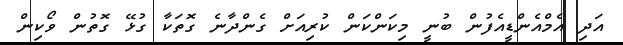
އަދި އެމްއެންޑީއެފުން ބުނީ މިކަންކަން ކުރިއަށް ގެންދާނެ ގޮތަކާ ގުޅޭ ގޮތުން ވޯކިން